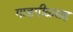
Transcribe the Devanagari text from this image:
गाडगीळसह